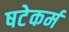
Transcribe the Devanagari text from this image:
षटेकर्म